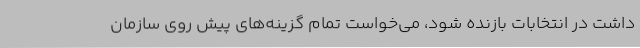
داشت در انتخابات بازنده شود، می‌خواست تمام گزینه‌های پیش روی سازمان